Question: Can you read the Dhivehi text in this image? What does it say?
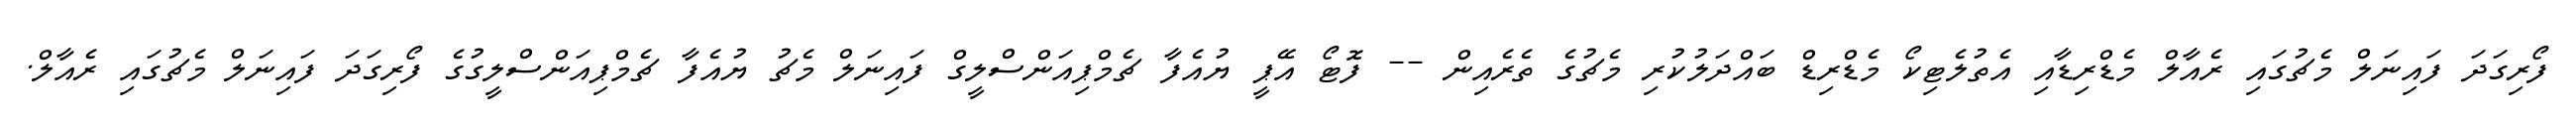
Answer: ފޯރިގަދަ ފައިނަލް މެޗުގައި ރެއާލް މެޑްރިޑާއި އެތުލެޓިކޯ މެޑްރިޑް ބައްދަލުކުރި މެޗުގެ ތެރެއިން -- ފޮޓޯ އޭޕީ ޔުއެފާ ޗެމްޕިއަންސްލީގް ފައިނަލް މެޗު ޔުއެފާ ޗެމްޕިއަންސްލީގުގެ ފޯރިގަދަ ފައިނަލް މެޗުގައި ރެއާލް.